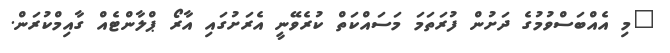
"މި އެއްބަސްވުމުގެ ދަށުން ފުރަތަމަ މަސައްކަތް ކުރެވޭނީ އެރަށުގައި އާރޯ ޕްލާންޓެއް ގާއިމްކުރަން.